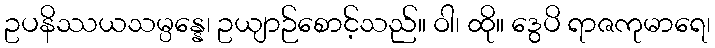
ဥပနိဿယသမ္ပန္နေ၊ ဥယျာဉ်စောင့်သည်။ ဝါ၊ ထို။ ဒွေပိ ရာဇကုမာရေ၊